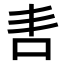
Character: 𭇈